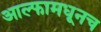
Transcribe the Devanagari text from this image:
आल्फामधूनच